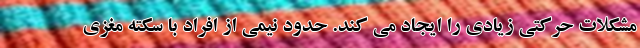
مشکلات حرکتی زیادی را ایجاد می کند. حدود نیمی از افراد با سکته مغزی